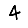
Digit: 4